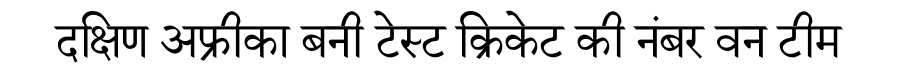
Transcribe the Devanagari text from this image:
दक्षिण अफ्रीका बनी टेस्ट क्रिकेट की नंबर वन टीम